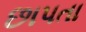
છાપતા